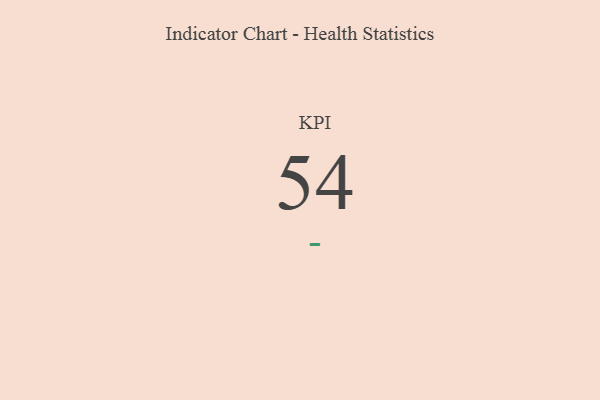
{"axis": {"x": "KPI", "y": "Value"}, "legend": [""], "data": [{"x": "KPI", "y": 54, "type": ""}]}